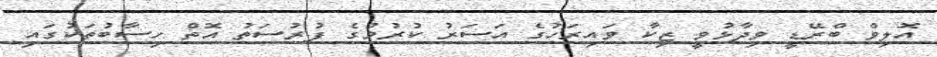
އޮލިވް ބްރޭޑީ ވިދާޅުވީ ޒިކާ ވައިރަހުގެ އަސަރު ކުރުމުގެ ފުރުސަތު އޮތް ހިސާބުތަކުގައި